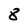
Character: 8